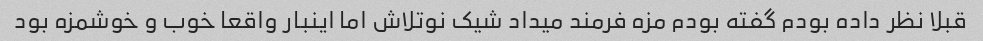
قبلا نظر داده بودم گفته بودم مزه فرمند میداد شیک نوتلاش اما اینبار واقعا خوب و خوشمزه بود